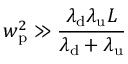
w _ { \mathrm { p } } ^ { 2 } \gg \frac { \lambda _ { \mathrm { d } } \lambda _ { \mathrm { u } } L } { \lambda _ { \mathrm { d } } + \lambda _ { \mathrm { u } } }